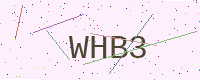
Text: WHB3